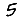
Digit: 5